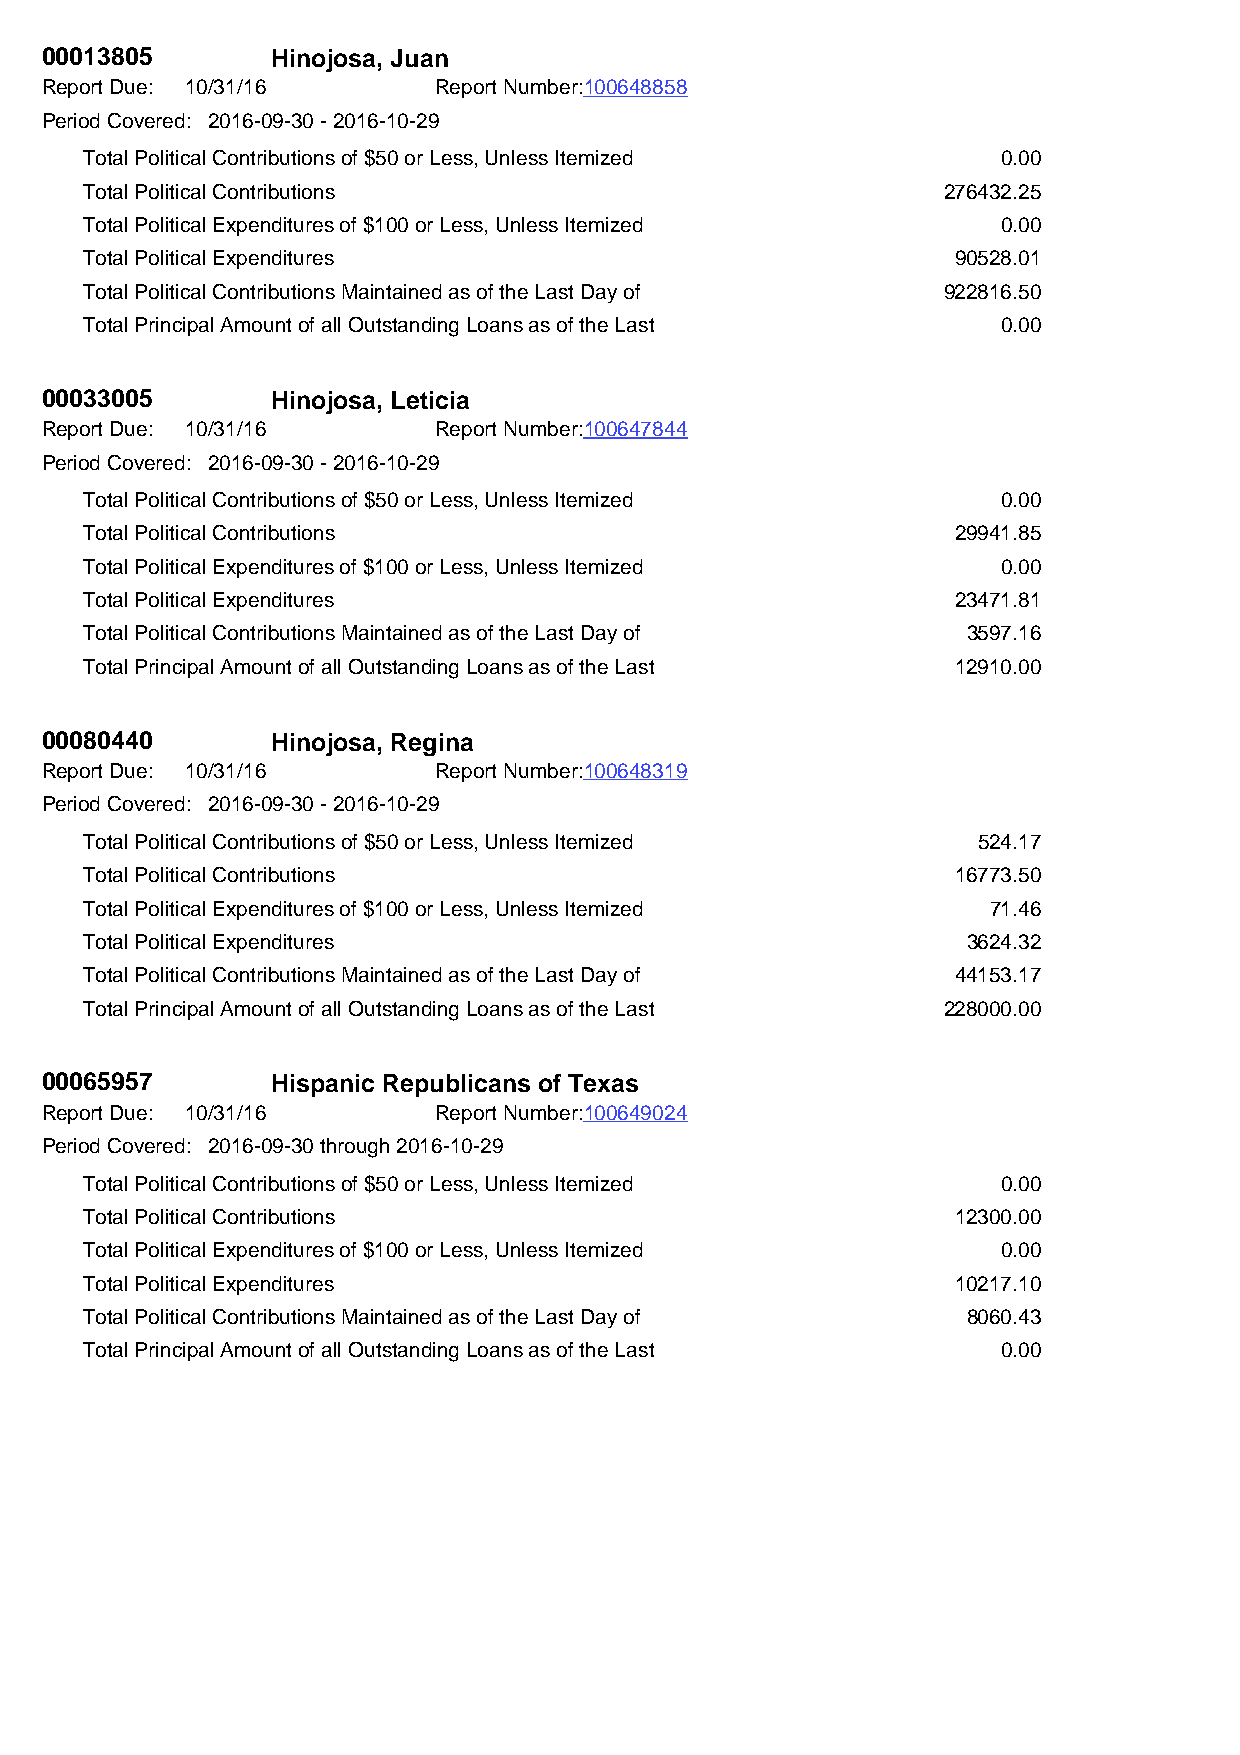
00013805       Hinojosa, Juan
 Report Due: 10/31/16      Report Number:100648858
 Period Covered: 2016-09-30 - 2016-10-29
 Total Political Contributions of $50 or Less, Unless Itemized 0.00
 Total Political Contributions                           276432.25
 Total Political Expenditures of $100 or Less, Unless Itemized 0.00
 Total Political Expenditures                             90528.01
 Total Political Contributions Maintained as of the Last Day of 922816.50
 Total Principal Amount of all Outstanding Loans as of the Last 0.00
 00033005       Hinojosa, Leticia
 Report Due: 10/31/16      Report Number:100647844
 Period Covered: 2016-09-30 - 2016-10-29
 Total Political Contributions of $50 or Less, Unless Itemized 0.00
 Total Political Contributions                            29941.85
 Total Political Expenditures of $100 or Less, Unless Itemized 0.00
 Total Political Expenditures                             23471.81
 Total Political Contributions Maintained as of the Last Day of 3597.16
 Total Principal Amount of all Outstanding Loans as of the Last 12910.00
 00080440       Hinojosa, Regina
 Report Due: 10/31/16      Report Number:100648319
 Period Covered: 2016-09-30 - 2016-10-29
 Total Political Contributions of $50 or Less, Unless Itemized 524.17
 Total Political Contributions                            16773.50
 Total Political Expenditures of $100 or Less, Unless Itemized 71.46
 Total Political Expenditures                              3624.32
 Total Political Contributions Maintained as of the Last Day of 44153.17
 Total Principal Amount of all Outstanding Loans as of the Last 228000.00
 00065957       Hispanic Republicans of Texas
 Report Due: 10/31/16      Report Number:100649024
 Period Covered: 2016-09-30 through 2016-10-29
 Total Political Contributions of $50 or Less, Unless Itemized 0.00
 Total Political Contributions                            12300.00
 Total Political Expenditures of $100 or Less, Unless Itemized 0.00
 Total Political Expenditures                             10217.10
 Total Political Contributions Maintained as of the Last Day of 8060.43
 Total Principal Amount of all Outstanding Loans as of the Last 0.00